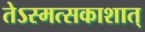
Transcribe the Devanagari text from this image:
तेऽस्मत्सकाशात्